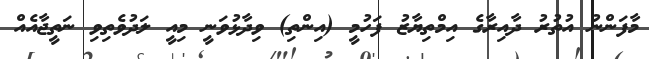
މާފަންނު އުތުރު ދާއިރާގެ އިމްތިޔާޒު ފަހުމީ (އިންތި) ވިދާޅުވަނީ މިއީ ލަދުވެތިވި ނަތީޖާއެއް